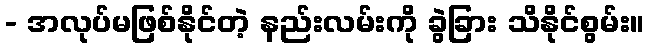
- အလုပ်မဖြစ်နိုင်တဲ့ နည်းလမ်းကို ခွဲခြား သိနိုင်စွမ်း။